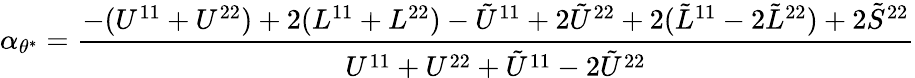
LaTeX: \alpha_{\theta^{\ast}}=\frac{-(U^{11}+U^{22})+2(L^{11}+L^{22})-\tilde{U}^{11}+2\tilde{U}^{22}+2(\tilde{L}^{11}-2\tilde{L}^{22})+2\tilde{S}^{22}}{U^{11}+U^{22}+\tilde{U}^{11}-2\tilde{U}^{22}}